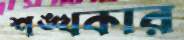
শঙ্খকার